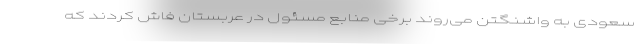
سعودی به واشنگتن می‌روند برخی منابع مسئول در عربستان فاش کردند که